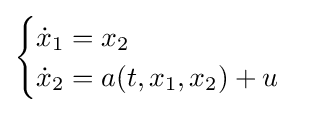
{\begin{cases}{\dot {x}}_{1}=x_{2}\\{\dot {x}}_{2}=a(t,x_{1},x_{2})+u\end{cases}}